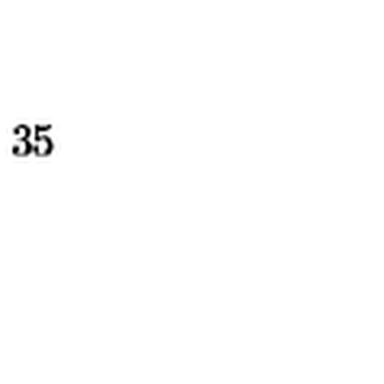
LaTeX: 3 5